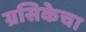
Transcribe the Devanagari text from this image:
ग्रसिकेचा